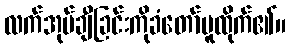
လက်အုပ်ချီခြင်းကိုခံတော်မူထိုက်၏။